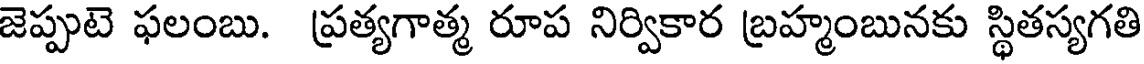
జెప్పుటె ఫలంబు. ప్రత్యగాత్మ రూప నిర్వికార బ్రహ్మంబునకు స్థితస్యగతి